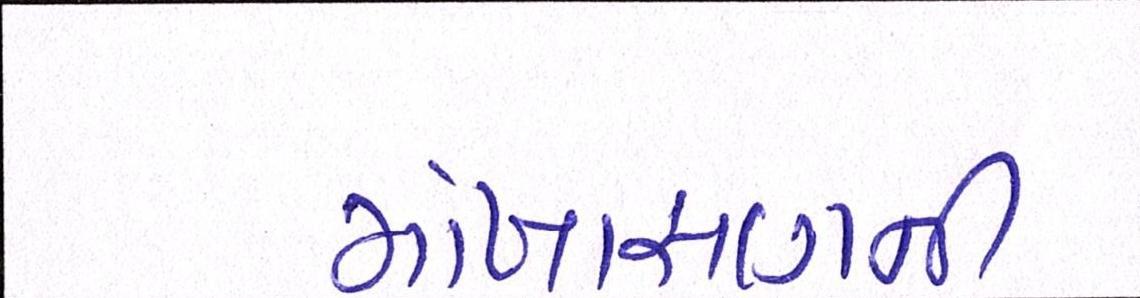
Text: મોખાસણની